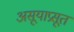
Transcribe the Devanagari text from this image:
असूयाप्रसूत